Burma Government Medical School reports 1923-41
Year: 1923
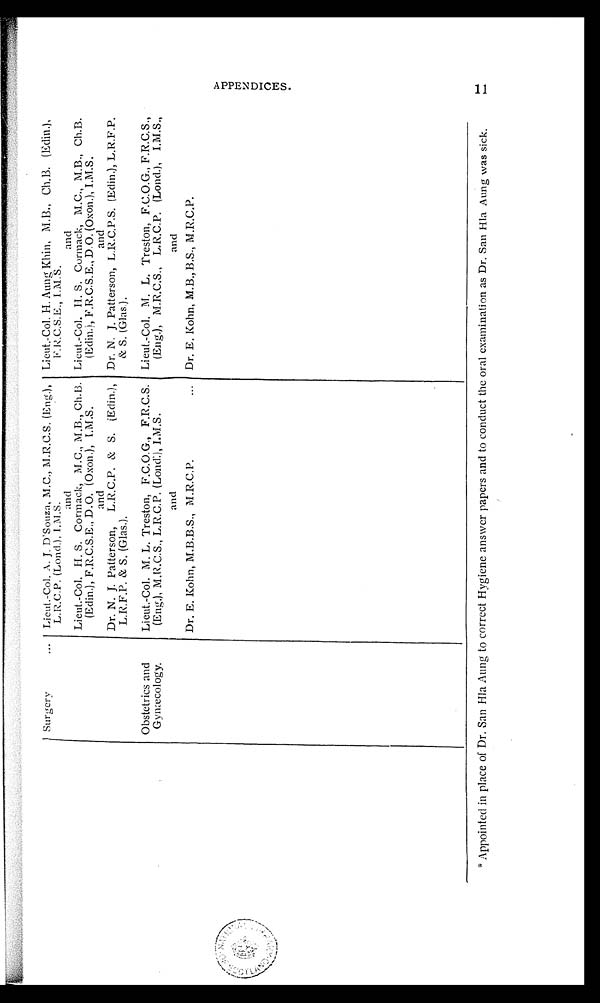
Surgery
Lieut.-Col. A. J. D'Souza, M.C., M.R.C.S. (Eng.),
L.R.C.P. (Lond.), I.M.S.
Lieut.-Col. H. Aung Khin, M.B., Ch.B. (Edin.),
F.R.C.S.E., I.M.S.
and
and
Lieut.-Col. H. S. Cormack, M.C., M.B., Ch.B.
(Edin.), F.R.C.S.E., D.O. (Oxon.), I.M.S.
Lieut.-Col. H. S. Cormack, M.C., M.B., Ch.B.
(Edin.), F.R.C.S.E., D.O. (Oxon.), I.M.S.
and
and
Dr. N. J. Patterson, L.R.C.P, & S. (Edin.),
L.R.F.P. & S. (Glas.).
Dr. N. J. Patterson, L.R.C.P.S. (Edin.), L.R.F.P.
& S. (Glas.).
Obstetrics and
Gynæcology.
Lieut.-Col. M. L. Treston, F.C.O.G., F.R.C.S.
(Eng.), M.R.C.S., L.R.C.P. (Lond.), I.M.S.
Lieut.-Col. M. L. Treston, F.C.O.G., F.R.C.S.,
(Eng.), M.R.C.S., L.R.C.P. (Lond.), I.M.S.,
and
and
Dr. E. Kohn, M.B.B.S., M.R.C.P.
Dr. E. Kohn, M. B. , B. S. , M. R. C.P.
*Appointed in place of Dr. San Hla Aung to correct Hygiene answer papers and to conduct the oral examination as Dr. San Hla Aung was sick.